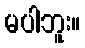
မပါဘူး။